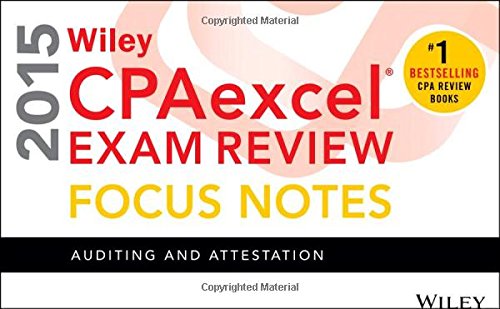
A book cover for Wiley CPAexcel Exam Review 2015 Focus Notes: Auditing and Attestation; Wiley; Test Preparation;